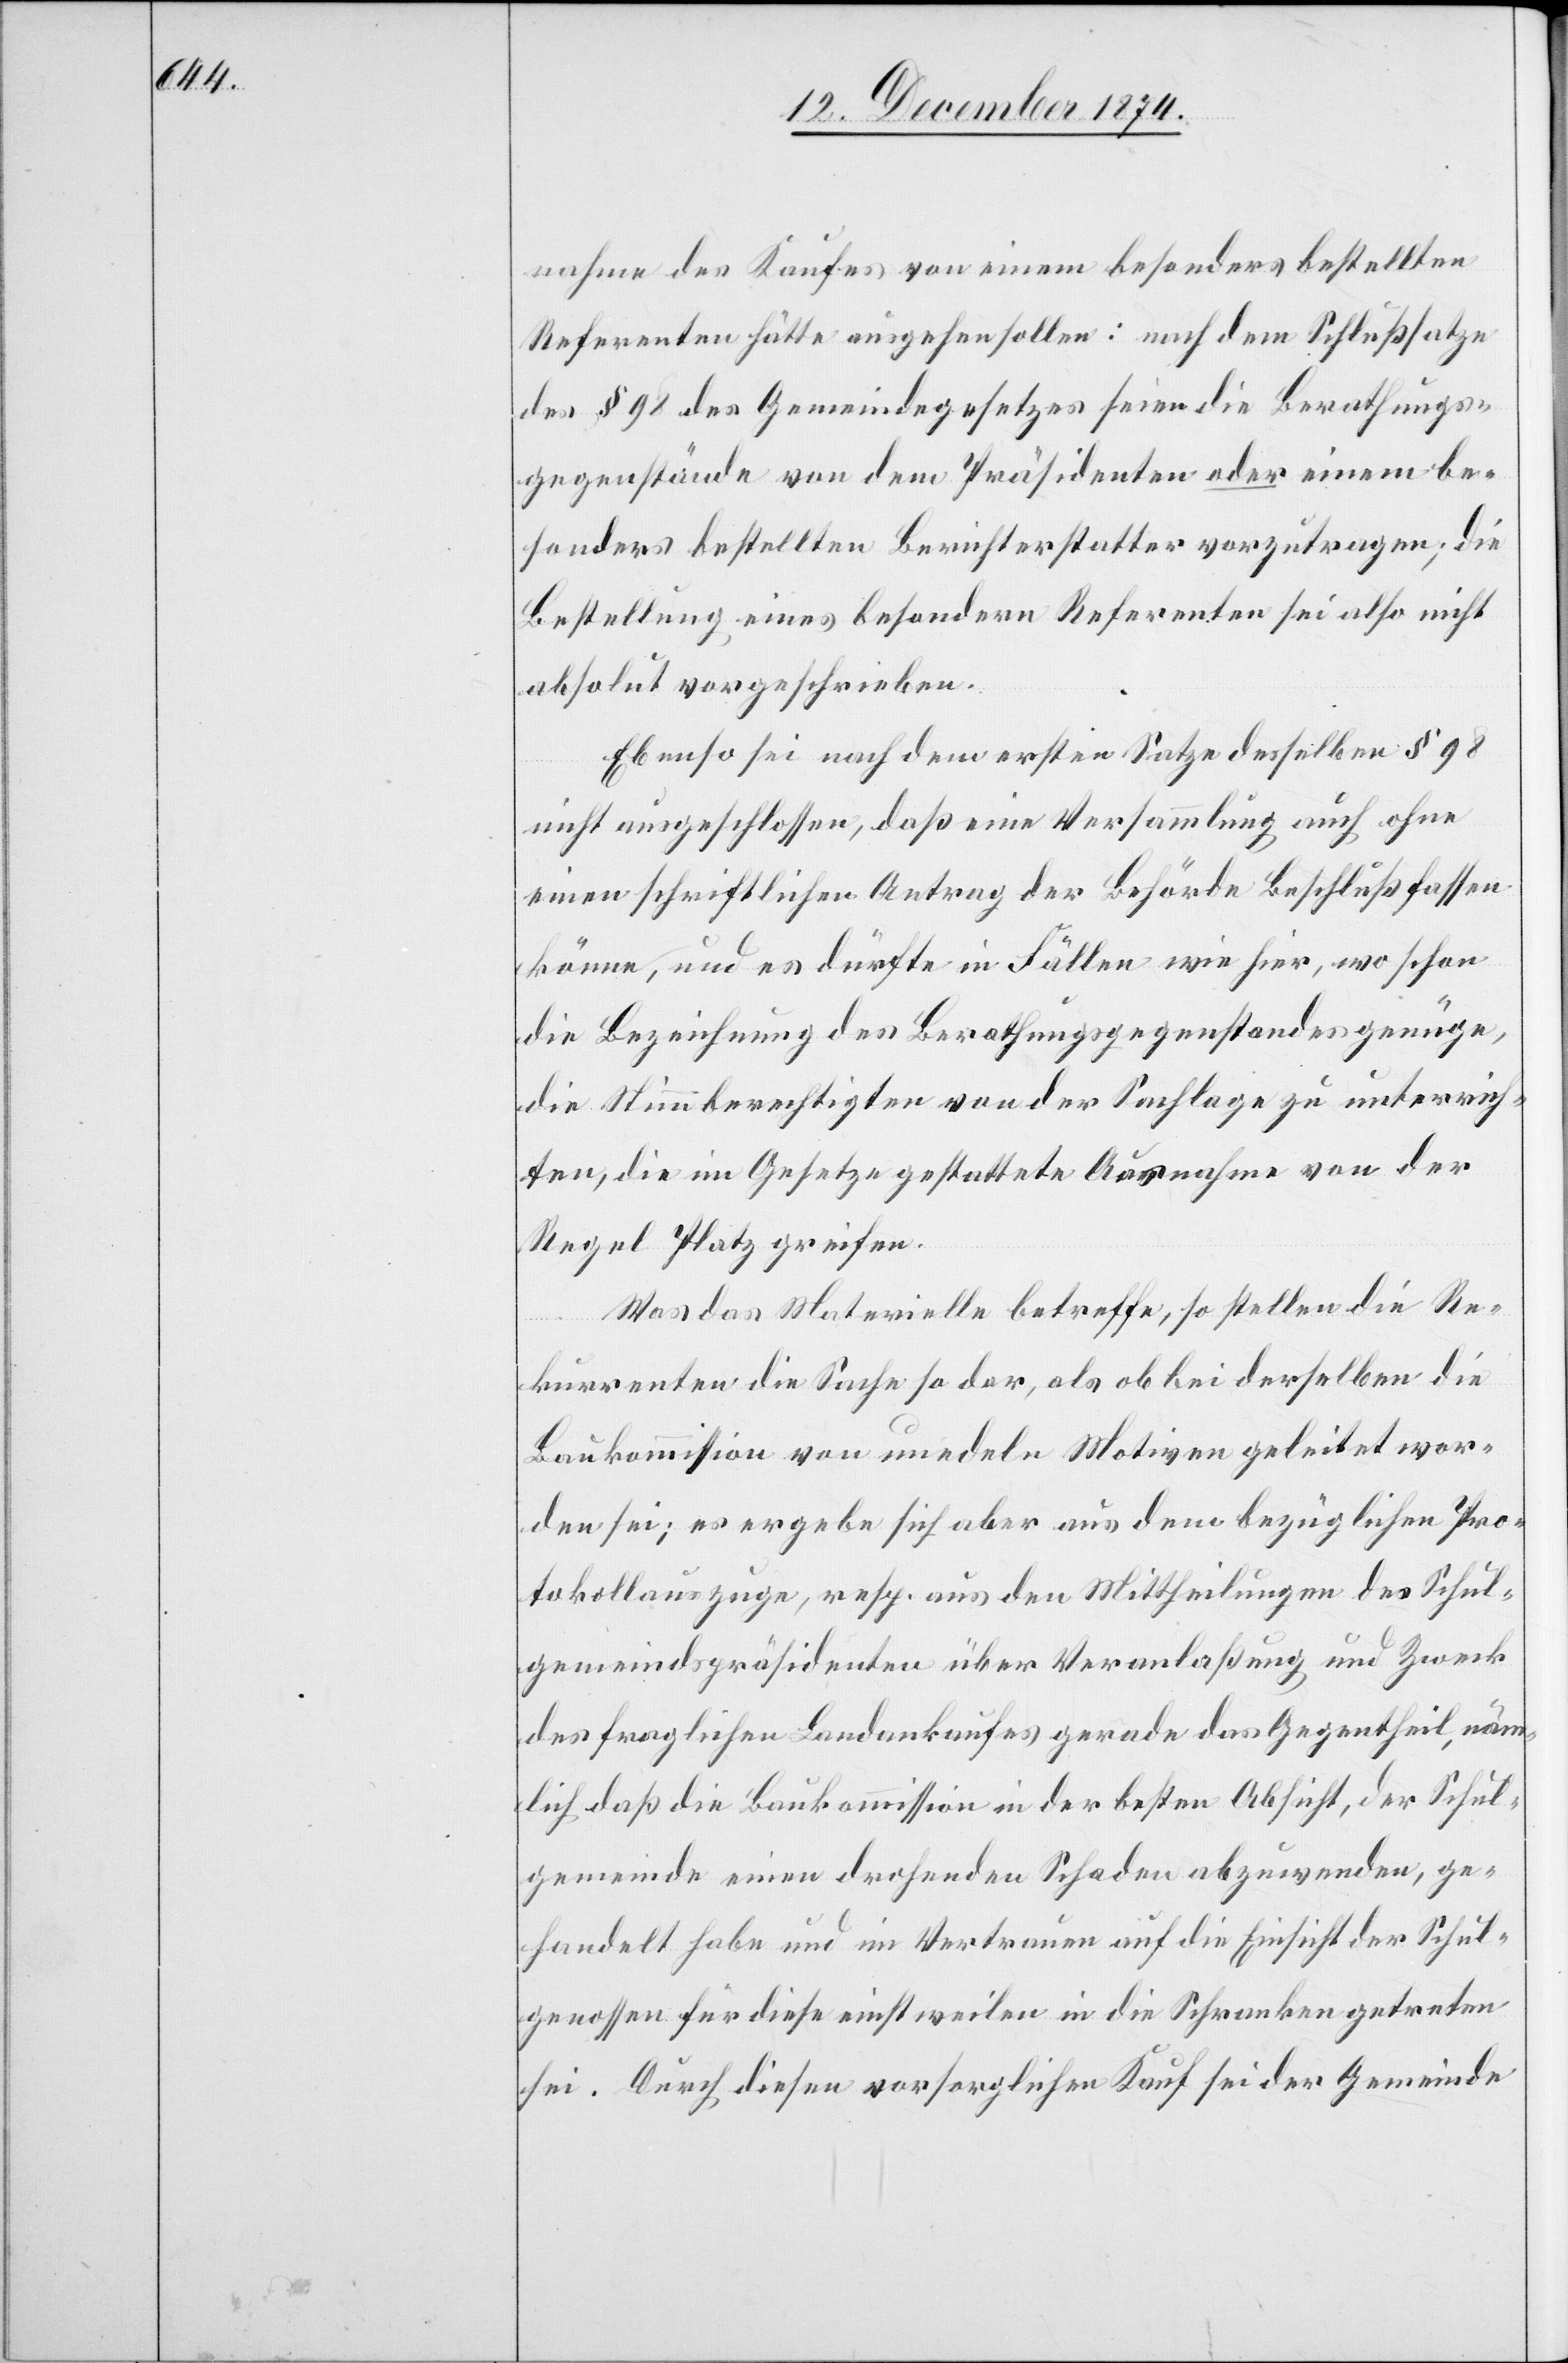
nahme des Kaufes von einem besonders bestellten
Referenten hätte ausgehen sollen: nach dem Schlußsatze
des § 98 des Gemeindegesetzes seien die Berathungs¬
gegenstände von dem Präsidenten oder einem be¬
sonders bestellten Berichterstatter vorzutragen; die
Bestellung eines besondern Referenten sei also nicht
absolut vorgeschrieben.
Ebenso sei nach dem ersten Satze desselben § 98
nicht ausgeschlossen, daß eine Versammlung auch ohne
einen schriftlichen Antrag der Behörde Beschluß fassen
könne, und es dürfte in Fällen wie hier, wo schon
die Bezeichnung des Berathungsgegenstandes genüge,
die Stimmberechtigten von der Sachlage zu unterrich¬
ten, die im Gesetze gestattete Ausnahme von der
Regel Platz greifen.
Was das Materielle betreffe, so stellen die Re¬
kurrenten die Sache so dar, als ob bei derselben die
Baukommission von unedeln Motiven geleitet wor¬
den sei; es ergebe sich aber aus dem bezüglichen Pro¬
tokollauszuge, resp. aus den Mittheilungen des Schul¬
gemeindspräsidenten über Veranlaßung und Zweck
des fraglichen Landankaufes gerade das Gegentheil, näm¬
lich daß die Baukommission in der besten Absicht, der Schul¬
gemeinde einen drohenden Schaden abzuwenden, ge¬
handelt habe und im Vertrauen auf die Einsicht der Schul¬
genossen für diese einstweilen in die Schranken getreten
sei. Durch diesen vorsorglichen Kauf sei der Gemeinde